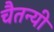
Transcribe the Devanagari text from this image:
चैतन्यी